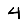
Digit: 4